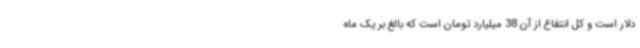
دلار است و کل انتفاع از آن 38 میلیارد تومان است که بالغ بر یک ماه